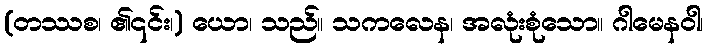
(တဿစ၊ ၏၎င်း၊) ယော၊ သည်။ သကလေန၊ အလုံးစုံသော။ ဂါမေနဝါ၊